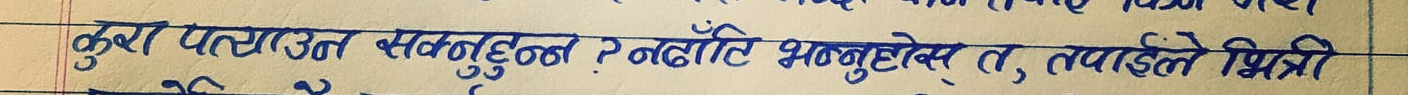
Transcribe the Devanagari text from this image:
कुरा पल्टाउनु सक्नुहुन्छ? नढाँटे भन्नुहोस् त, तपाईंले भित्री